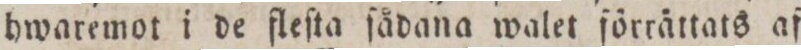
hwaremot i de fleſta ſådana walet ſörrättats af